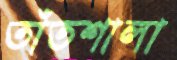
তাঁতশালা